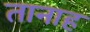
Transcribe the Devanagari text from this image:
तानाह